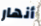
أنهار